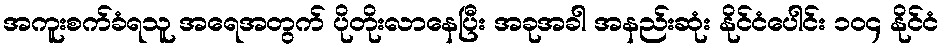
အကူးစက်ခံရသူ အရေအတွက် ပိုတိုးလာနေပြီး အခုအခါ အနည်းဆုံး နိုင်ငံပေါင်း ၁၀၄ နိုင်ငံ